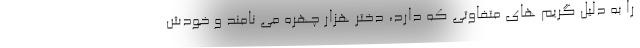
را به دلیل گریم های متفاوتی که دارد، دختر هزار چهره می نامند و خودش